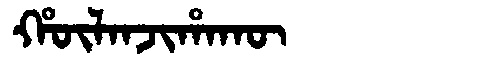
Manchu: ᡥᡡᠯᠠᠨᠵᡳᡥᠠᡴᡡ
Romanization: HŪLANJIHAKŪ